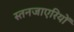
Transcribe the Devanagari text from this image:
स्तनजाएरियों